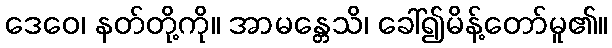
ဒေဝေ၊ နတ်တို့ကို။ အာမန္တေသိ၊ ခေါ်၍မိန့်တော်မူ၏။